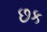
છક